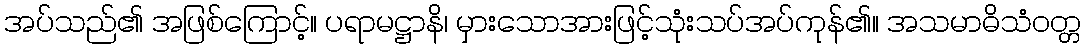
အပ်သည်၏ အဖြစ်ကြောင့်။ ပရာမဋ္ဌာနိ၊ မှားသောအားဖြင့်သုံးသပ်အပ်ကုန်၏။ အသမာဓိသံဝတ္တ